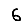
Digit: 6